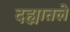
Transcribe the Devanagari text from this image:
दह्यातले